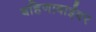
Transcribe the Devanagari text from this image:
बहिणाबाईंवर